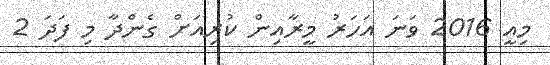
މިއީ 2016 ވަނަ އަހަރު މީރާއިން ކުރިއަށް ގެންދާ މި ފަދަ 2